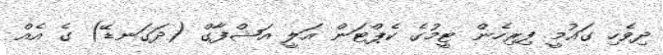
ދިވެހި ގައުމީ ފިރިހެން ޓީމުގެ ކެޕްޓަން އަލީ އަޝްފާގް (ދަގަނޑޭ) ގެ އެއް